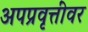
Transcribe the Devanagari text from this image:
अपप्रवृत्तींवर